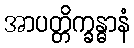
အာပတ္တိက္ခန္ဓာနံ